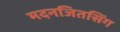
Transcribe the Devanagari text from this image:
मदनजितसिंग